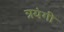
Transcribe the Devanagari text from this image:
त्रयंगी